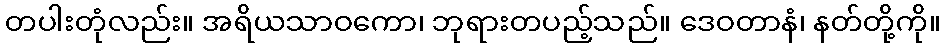
တပါးတုံလည်း။ အရိယသာဝကော၊ ဘုရားတပည့်သည်။ ဒေဝတာနံ၊ နတ်တို့ကို။